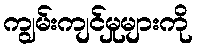
ကျွမ်းကျင်မှုများကို